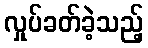
လှုပ်ခတ်ခဲ့သည့်